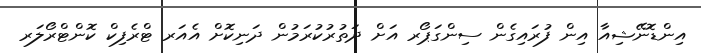
އިންޑޮނޭޝިއާ އިން ފުރައިގެން ސިންގަޕޯރ އަށް ދަތުރުކުރަމުން ދަނިކޮށް އެއަރ ޓްރެފިކް ކޮންޓްރޯލަރ